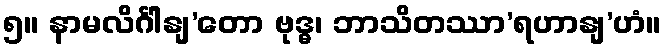
၅။ နာမလိင်္ဂါနျ’တော ဗုဒ္ဓ၊ ဘာသိတဿာ’ရဟာနျ’ဟံ။